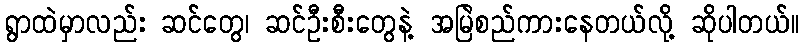
ရွာထဲမှာလည်း ဆင်တွေ၊ ဆင်ဦးစီးတွေနဲ့ အမြဲစည်ကားနေတယ်လို့ ဆိုပါတယ်။